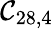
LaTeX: \mathcal{C}_{28,4}